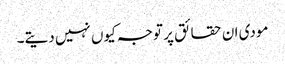
مودی ان حقائق پر توجہ کیوں نہیں دیتے۔